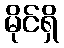
မိုင်ရှိ